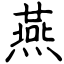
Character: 燕